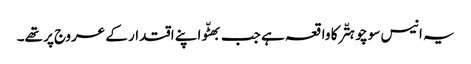
یہ انیس سو چوہتّر کا واقعہ ہے جب بھٹّو اپنے اقتدار کے عروج پر تھے۔